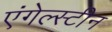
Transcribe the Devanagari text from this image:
एंगेल्स्टीन